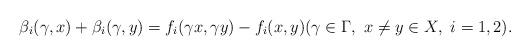
LaTeX: \begin{align*} \beta_i(\gamma,x)+\beta_i(\gamma,y)=f_i(\gamma x,\gamma y)-f_i(x,y)(\gamma\in\Gamma,\ x\ne y\in X,\ i=1,2).\end{align*}